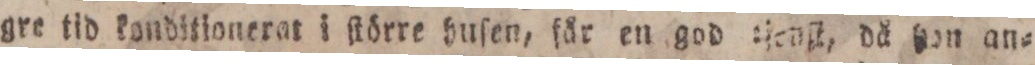
gre tid konditionerat i ſtörre huſen, fär en god ſfenſt, då ſon an=